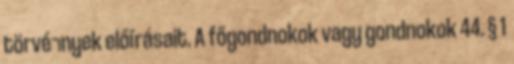
törvé¬nyek előírásait. A főgondnokok vagy gondnokok 44. § 1